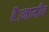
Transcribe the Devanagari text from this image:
है।नामीब